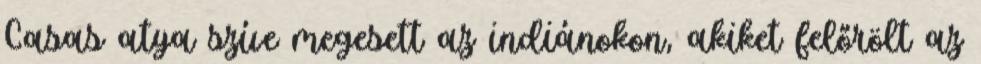
Casas atya szíve megesett az indiánokon, akiket felőrölt az